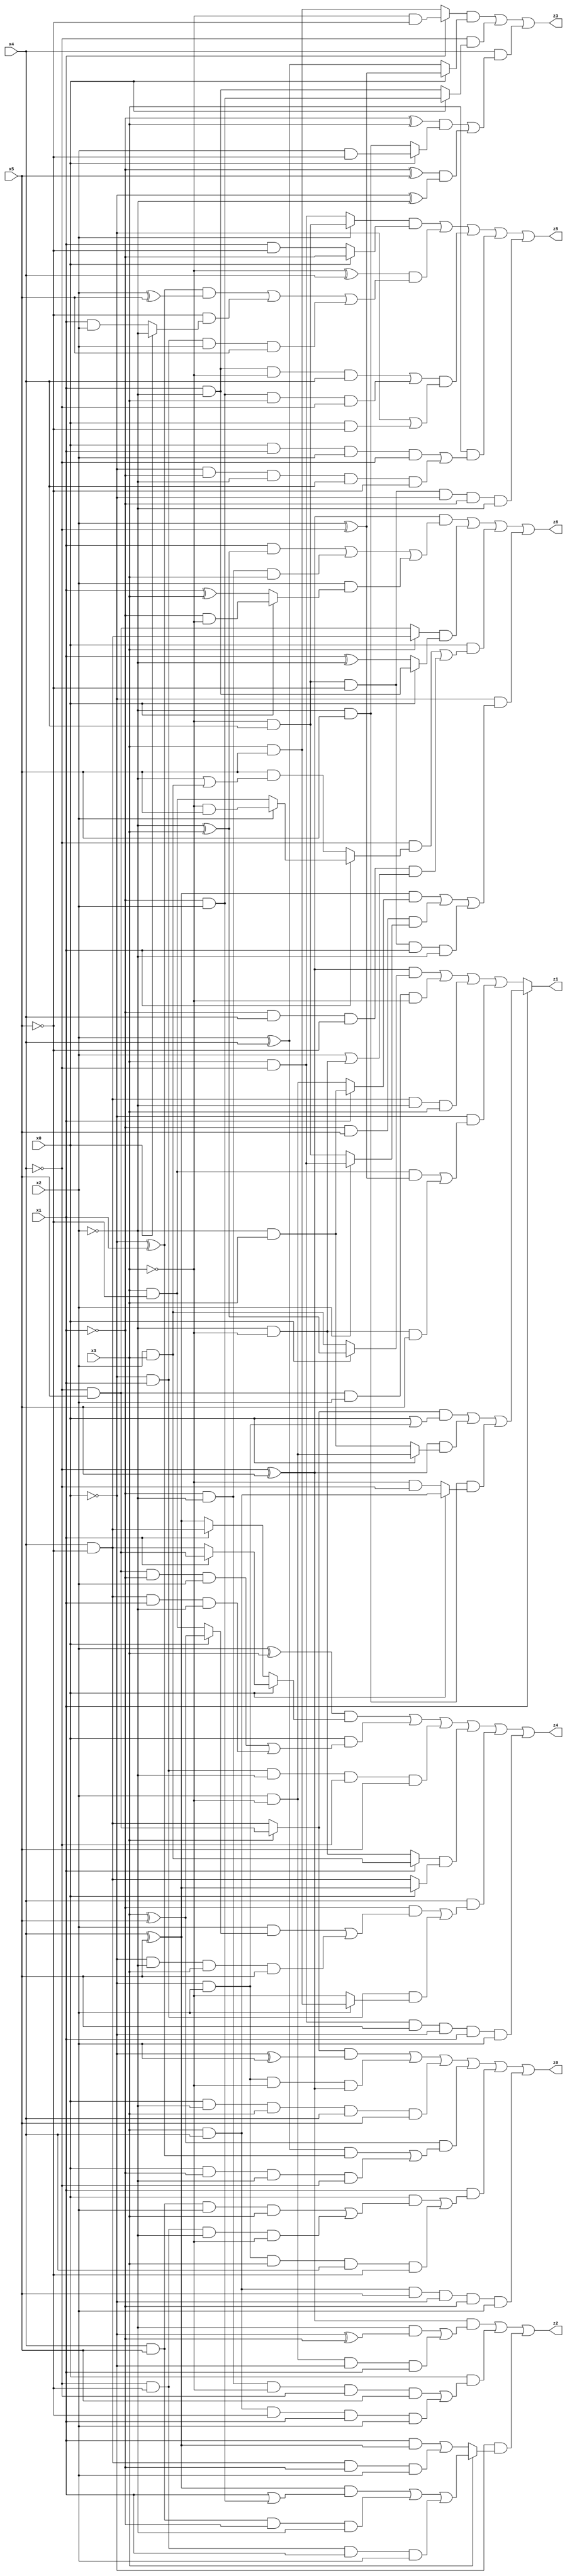
// Benchmark "X_16" written by ABC on Thu Jun 29 21:16:33 2023

module X_69 ( 
    x0, x1, x2, x3, x4, x5,
    z0, z1, z2, z3, z4, z5, z6  );
  input  x0, x1, x2, x3, x4, x5;
  output z0, z1, z2, z3, z4, z5, z6;
  assign z0 = ((x3 ? (~x4 & x5) : (x4 & ~x5)) & (~x0 ^ x2)) | (~x0 & x2 & ~x3 & (~x4 ^ x5)) | (x0 & ~x2 & x3 & x4 & x5) | ((x3 ^ x5) & (((x2 ^ x4) & (~x0 ^ x1)) | (x0 & ~x1 & ~x2 & ~x4))) | (x1 & ((x0 & ((x4 & x5 & x2 & x3) | (~x4 & ~x5 & ~x2 & ~x3))) | (~x0 & x2 & x3 & x4 & ~x5))) | (x3 & x4 & x5 & ~x0 & ~x1 & x2);
  assign z1 = x1 ? (((x3 ? (~x4 & x5) : (x4 & ~x5)) & (x0 | (~x0 & x2))) | ((~x4 ^ x5) & (x0 ? (x2 & ~x3) : (~x2 & x3))) | (~x2 & x5 & (x0 ? (x3 & x4) : (~x3 & ~x4)))) : (((~x4 ^ x5) & (x0 ? (~x2 ^ x3) : (x2 & x3))) | (~x4 & x5 & x2 & ~x3) | (x4 & ~x5 & ~x2 & x3) | (~x0 & ((x3 & ~x5 & (x2 ^ ~x4)) | (~x2 & ~x3 & x5))));
  assign z2 = ((~x4 ^ x5) & ((~x2 & (~x0 ^ ~x1)) | (x2 & ~x3 & ~x0 & x1))) | (x0 & ((~x1 & ~x2 & ~x3 & ~x4 & x5) | (x3 & x4 & ~x5 & x1 & x2))) | (~x0 & (x3 ? (((x4 ^ x5) & (x1 | (~x1 & x2))) | (x4 & x5 & ~x1 & ~x2) | (~x4 & ~x5 & x1 & x2)) : ((x1 & (x4 ^ x5)) | (x4 & ~x5 & ~x1 & x2))));
  assign z3 = ((x1 ? (~x3 & ~x5) : (x3 & x5)) & (x0 ? (x2 ^ ~x4) : (x2 ^ x4))) | (~x4 & (x0 ? (~x1 & x2) : (x1 & ~x2))) | (x4 & (((~x1 ^ x3) & (x0 ? (x2 & ~x5) : (~x2 & x5))) | ((~x1 ^ x5) & (~x0 ^ ~x2))));
  assign z4 = ((x2 ^ x3) & (x0 ? (x1 ? (~x4 & x5) : (x4 & ~x5)) : (x1 ? (x4 & ~x5) : (x4 ^ x5)))) | (x0 & ((~x4 & x5 & ~x1 & x2) | (x4 & ~x5 & x1 & ~x2))) | (~x0 & x1 & ~x2 & ~x4 & x5) | ((x1 ? (x2 & x3) : (~x2 & ~x3)) & (x0 ? (x4 ^ x5) : (x4 & ~x5))) | (x4 & ((~x1 & ((x2 & (x0 ? (x3 ^ x5) : (x3 & ~x5))) | (~x0 & ~x2 & x3 & x5))) | (~x0 & x1 & (x2 ? (x3 & x5) : ~x3)))) | (x3 & ~x4 & x5 & ~x0 & x1 & x2);
  assign z5 = ((x2 ? (~x3 & x4) : (x3 & ~x4)) & (x0 ? ~x1 : (x1 & ~x5))) | ((~x3 ^ x4) & (((~x0 ^ x1) & (x2 ^ x5)) | (~x5 & (x0 ? ~x2 : (x1 & x2))) | (~x0 & x1 & x2 & x5))) | (((x1 & ~x2 & ~x3 & x4) | (~x1 & x2 & x3 & ~x4)) & (~x0 | (x0 & ~x5))) | (x3 & ((x0 & x1 & x2 & ~x4) | (~x0 & ~x1 & ~x2 & x4 & ~x5))) | (~x3 & x4 & ~x5 & ~x0 & ~x1 & ~x2);
  assign z6 = ((~x4 ^ x5) & ((x1 & (~x2 ^ x3)) | (~x1 & ~x2 & x3) | (x2 & (x0 ? (~x1 & ~x3) : (x1 ^ x3))))) | ((x3 ? (x4 & ~x5) : (~x4 & x5)) & (x0 ? (x1 & ~x2) : (x1 ^ ~x2))) | (x0 & ((~x4 & (x1 ? (x2 ? (~x3 & x5) : (x3 & ~x5)) : (x5 & (~x2 | (x2 & x3))))) | (~x1 & x4 & ~x5 & (x2 | (~x2 & ~x3))))) | (~x0 & (((x4 ^ x5) & (x1 ? (~x2 & x3) : (x2 & ~x3))) | (~x1 & x5 & (x2 ? (x3 & ~x4) : (~x3 & x4))) | (~x3 & x4 & ~x5 & x1 & ~x2)));
endmodule